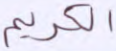
الكريم